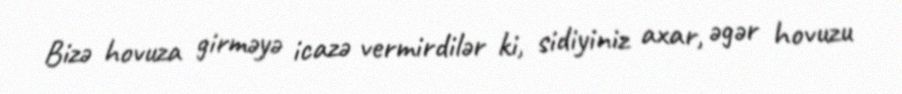
Bizə hovuza girməyə icazə vermirdilər ki, sidiyiniz axar, əgər hovuzu